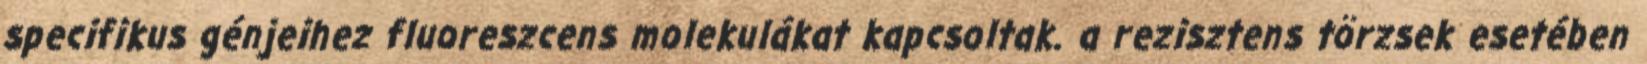
specifikus génjeihez fluoreszcens molekulákat kapcsoltak. a rezisztens törzsek esetében